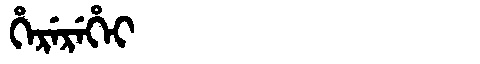
Manchu: ᡥᡝᡵᡝᡵᡝᡥᡝᡳ
Romanization: HEREREHEI